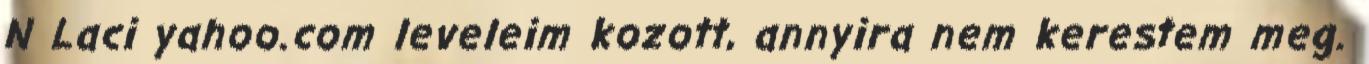
N Laci yahoo.com leveleim kozott, annyira nem kerestem meg.